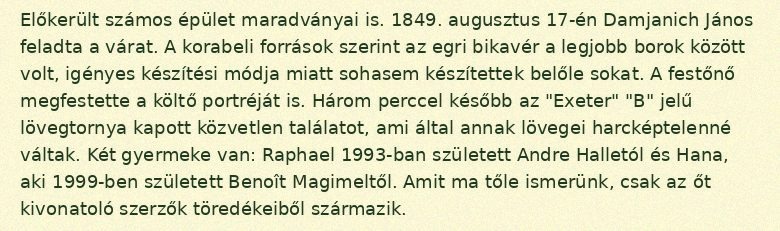
Előkerült számos épület maradványai is. 1849. augusztus 17-én Damjanich János feladta a várat. A korabeli források szerint az egri bikavér a legjobb borok között volt, igényes készítési módja miatt sohasem készítettek belőle sokat. A festőnő megfestette a költő portréját is. Három perccel később az "Exeter" "B" jelű lövegtornya kapott közvetlen találatot, ami által annak lövegei harcképtelenné váltak. Két gyermeke van: Raphael 1993-ban született Andre Halletól és Hana, aki 1999-ben született Benoît Magimeltől. Amit ma tőle ismerünk, csak az őt kivonatoló szerzők töredékeiből származik.